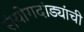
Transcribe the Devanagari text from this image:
संयोगदांड्यांची